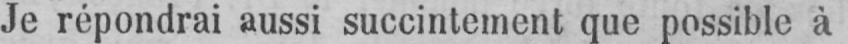
Je répondrai aussi succintement que possible à